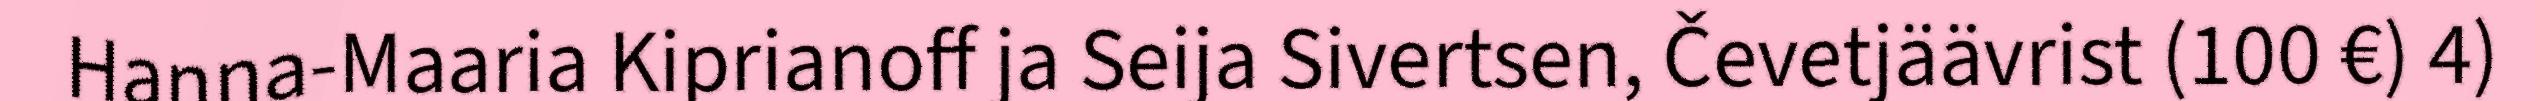
Hanna-Maaria Kiprianoff ja Seija Sivertsen, Čevetjäävrist (100 €) 4)